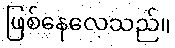
ဖြစ်နေလေသည်။